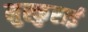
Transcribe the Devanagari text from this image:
मुस्कुराई